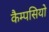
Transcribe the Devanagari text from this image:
कैम्पसियो